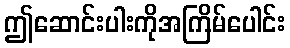
ဤဆောင်းပါးကိုအကြိမ်ပေါင်း